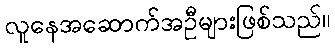
လူနေအဆောက်အဦများဖြစ်သည်။